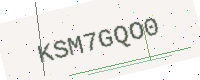
Text: KSM7GQO0